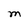
Character: M